Triennial report on the lunatic asylums in the province of Eastern Bengal and Assam - 1903-1911
Year: 1903
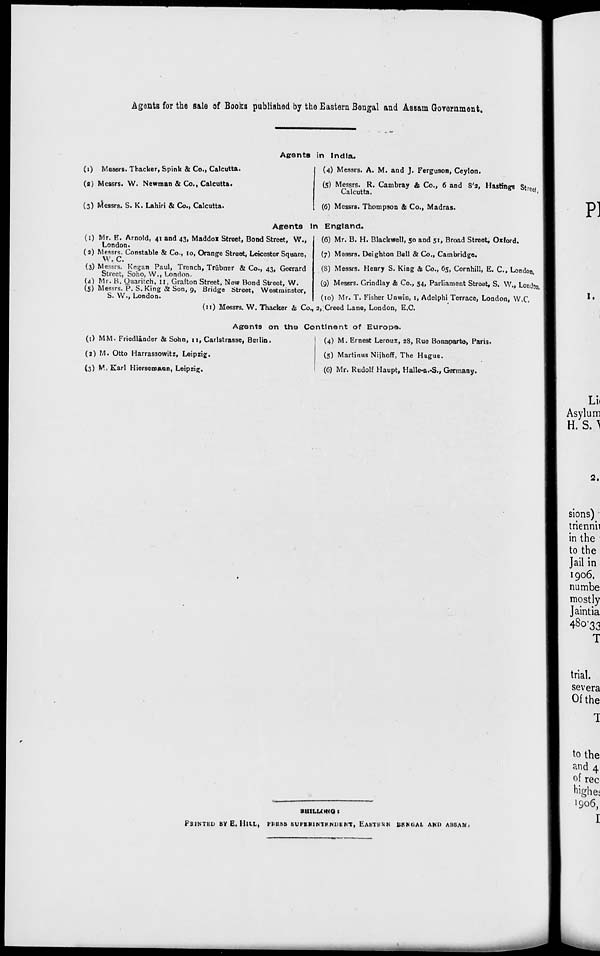
Agents for the sale of Books published by the Eastern Bengal and Assam Government.
Agents in India.
(1) Messrs. Thacker, Spink & Co., Calcutta.
(2) Messrs. W. Newman & Co., Calcutta.
(3) Messrs. S. K. Lahiri & Co., Calcutta.
(4) Messrs. A. M. and J. Ferguson, Ceylon.
(5) Messrs. R. Cambray & Co., 6 and 8'2, Hastings Street,
Calcutta.
(6) Messrs. Thompson & Co., Madras.
Agents In England.
(1) Mr. E. Arnold, 41 and 43, Maddox Street, Bond Street, W.,
London.
(2) Messrs. Constable & Co., 10, Orange Street, Leicester Square,
W. C.
(3) Messrs. Kegan Paul, Trench, Trübner & Co., 43, Gorrard
Street, Soho, W., London.
(4) Mr. B. Quaritch, 11, Grafton Street, New Bond Street, W.
(5) Messrs. P. S. King & Son, 9, Bridge Street, Westminster,
S. W., London.
(6) Mr. B. H. Blackwell, 50 and 51, Broad Street, Oxford.
(7) Messrs. Deighton Bell & Co., Cambridge.
(8) Messrs. Henry S. King & Co., 65, Cornhill, E. C., London.
(9) Messrs. Grindlay & Co., 54, Parliament Street, S. W., London.
(10) Mr. T. Fisher Unwin, 1, Adelphi Terrace, London, W.C.
(11) Messrs. W. Thacker & Co., 2, Creed Lane, London, E.C.
Agents on the Continent of Europe.
(1) MM. Friedländer & Sohn, 11, Carlstrasse, Berlin.
(2) M. Otto Harrassowitz, Leipzig.
(3) M. Karl Hiersemann, Leipzig.
(4) M. Ernest Leroux, 28, Rue Bonaparte, Paris.
(5) Martinus Nijhoff, The Hague.
(6) Mr. Rudolf Haupt, Halle-a.-S., Germany.
SHILLONG :
PRINTED BY E. HILL, PRESS SUPERINTENDENT, EASTERN BENGAL AND ASSAM.